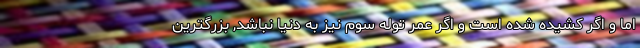
اما و اگر کشیده شده است و اگر عمر توله سوم نیز به دنیا نباشد, بزرگترین